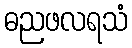
ဓညဖလရသံ